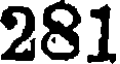
281